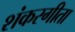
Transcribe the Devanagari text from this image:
शंकरगीता